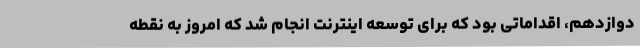
دوازدهم، اقداماتی بود که برای توسعه اینترنت انجام شد که امروز به نقطه